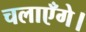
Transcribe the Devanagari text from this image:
चलाएँगे।